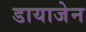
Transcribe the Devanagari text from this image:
डायाजेन